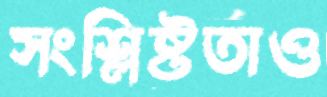
সংশ্লিষ্টতাও